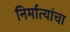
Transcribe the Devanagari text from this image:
निर्मात्यांचा